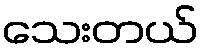
သေးတယ်